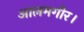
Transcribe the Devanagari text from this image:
आलमगीर।